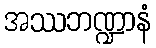
အဿဘဏ္ဍာနံ